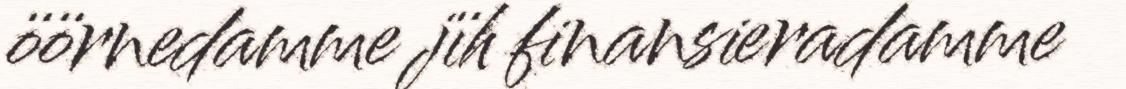
öörnedamme jïh finansieradamme